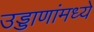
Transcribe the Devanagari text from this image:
उड्डाणांमध्ये